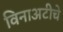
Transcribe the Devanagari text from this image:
विनाअटीचे